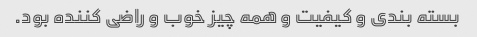
بسته بندی و کیفیت و همه چیز خوب و راضی کننده بود‌.